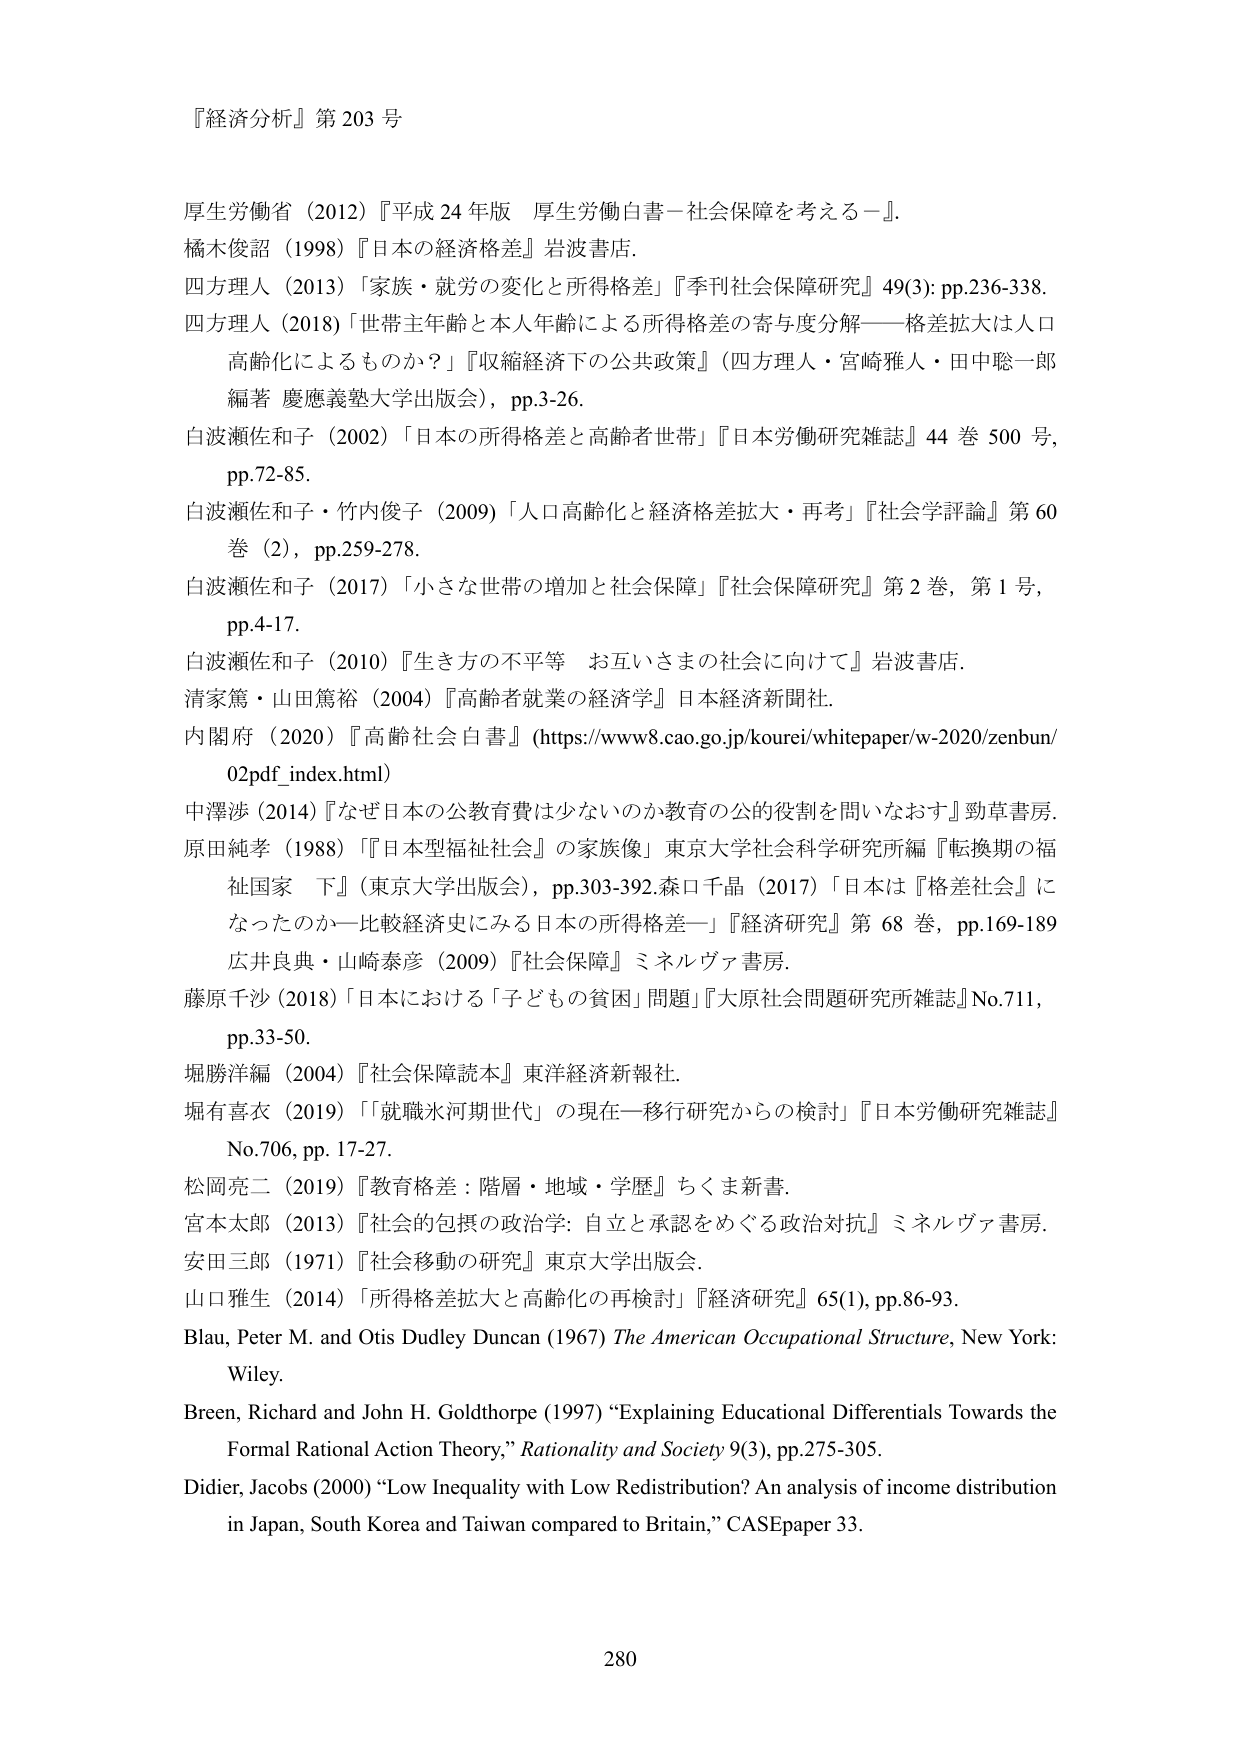
『経済分析』第 203 号

厚生労働省（2012）『平成 24 年版 厚生労働白書－社会保障を考える－』．
橘木俊詔（1998）『日本の経済格差』岩波書店．
四方理人（2013）「家族・就労の変化と所得格差」『季刊社会保障研究』49(3): pp.236-338．
四方理人（2018）「世帯主年齢と本人年齢による所得格差の寄与度分解——格差拡大は人口高齢化によるものか？」『収縮経済下の公共政策』（四方理人・宮崎雅人・田中聡一郎編著 慶應義塾大学出版会），pp.3-26．
白波瀬佐和子（2002）「日本の所得格差と高齢者世帯」『日本労働研究雑誌』44巻 500号，pp.72-85．
白波瀬佐和子・竹内俊子（2009）「人口高齢化と経済格差拡大・再考」『社会学評論』第60巻（2），pp.259-278．
白波瀬佐和子（2017）「小さな世帯の増加と社会保障」『社会保障研究』第2巻，第1号，pp.4-17．
白波瀬佐和子（2010）『生き方の不平等 お互いさまの社会に向けて』岩波書店．
清家篤・山田篤裕（2004）『高齢者就業の経済学』日本経済新聞社．
内閣府（2020）『高齢社会白書』（https://www8.cao.go.jp/koure i/whitepaper/w-2020/zenbun/02pdf_index.html）
中澤渉（2014）『なぜ日本の公教育費は少ないのか教育の公的役割を問いなおす』勁草書房．
原田純孝（1988）『「日本型福祉社会」の家族像』東京大学社会科学研究所編『転換期の福祉国家 下』（東京大学出版会），pp.303-392．森口千晶（2017）「日本は『格差社会』になったのかー比較経済史にみる日本の所得格差ー」『経済研究』第68巻，pp.169-189
広井良典・山崎泰彦（2009）『社会保障』ミネルヴァ書房．
藤原千沙（2018）「日本における「子ども」の貧困」問題」『大原社会問題研究所雑誌』No.711，pp.33-50．
堀勝洋編（2004）『社会保障読本』東洋経済新報社．
堀有喜衣（2019）「「就職氷河期世代」の現在ー移行研究からの検討」『日本労働研究雑誌』No.706，pp.17-27．
松岡亮二（2019）『教育格差：階層・地域・学歴』ちくま新書．
宮本太郎（2013）『社会的包摂の政治学：自立と承認をめぐる政治対抗』ミネルヴァ書房．
安田三郎（1971）『社会移動の研究』東京大学出版会．
山口雅生（2014）「所得格差拡大と高齢化の再検討」『経済研究』65(1)，pp.86-93．
Blau, Peter M. and Otis Dudley Duncan (1967) The American Occupational Structure, New York: Wiley.
Breen, Richard and John H. Goldthorpe (1997) “Explaining Educational Differentials Towards the Formal Rational Action Theory,” Rationality and Society 9(3), pp.275-305.
Didier, Jacobs (2000) “Low Inequality with Low Redistribution? An analysis of income distribution in Japan, South Korea and Taiwan compared to Britain,” CASEpaper 33.

280